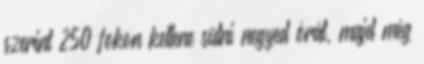
szerint 250 fokon kellene sütni negyed órát, majd még